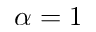
\alpha = 1